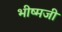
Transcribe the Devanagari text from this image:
भीष्मजी